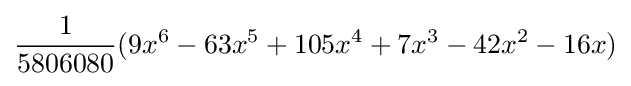
{\frac {1}{5806080}}(9x^{6}-63x^{5}+105x^{4}+7x^{3}-42x^{2}-16x)